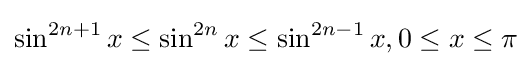
\sin ^{2n+1}x\leq \sin ^{2n}x\leq \sin ^{2n-1}x,0\leq x\leq \pi